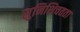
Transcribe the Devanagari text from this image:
सुनिशिचतता